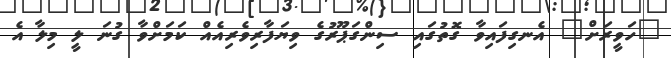
"ހަވީރަށް" އެނގިފައިވާ ގޮތުގައި ސިންގަޕޫރުގެ ވިޔަފާރިވެރިއެއް ކަމަށްވާ ގުނަ ލީ މިލާ އެ